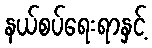
နယ်စပ်ရေးရာနှင့်